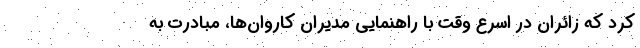
کرد که زائران در اسرع وقت با راهنمایی مدیران کاروان‌ها، مبادرت به